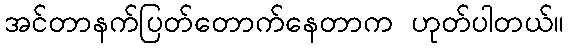
အင်တာနက်ပြတ်တောက်နေတာက ဟုတ်ပါတယ်။